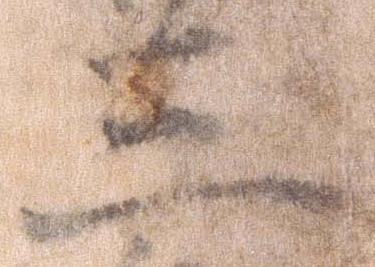
三